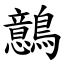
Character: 鷾